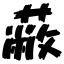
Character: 蔽